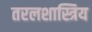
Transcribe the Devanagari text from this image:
तरलशास्त्रिय